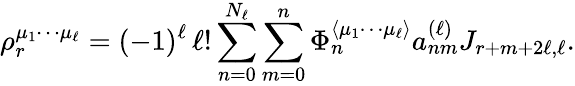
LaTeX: \rho_{r}^{\mu_{1}\cdots\mu_{\ell}}=(-1)^{\ell}\, \ell!\sum_{n=0}^{N_{\ell}}\sum_{m=0}^{n}\Phi_{n}^{\langle\mu_{1}\cdots\mu_{\ell}\rangle}a_{nm}^{(\ell)}J_{r+m+2\ell,\ell}.